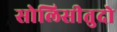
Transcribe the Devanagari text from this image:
सोलिसीतुदो